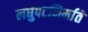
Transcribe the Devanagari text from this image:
लघुपटनिर्माते